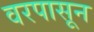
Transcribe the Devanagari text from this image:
वरपासून